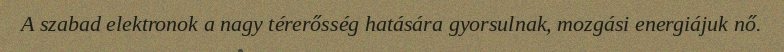
A szabad elektronok a nagy térerősség hatására gyorsulnak, mozgási energiájuk nő.